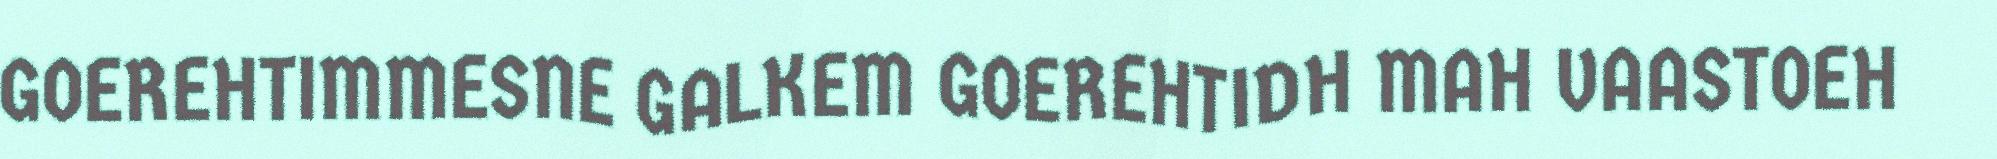
GOEREHTIMMESNE GALKEM GOEREHTIDH MAH VAASTOEH